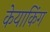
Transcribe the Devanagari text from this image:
केयाकिंग